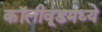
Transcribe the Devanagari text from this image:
कॉलीवूडमध्ये